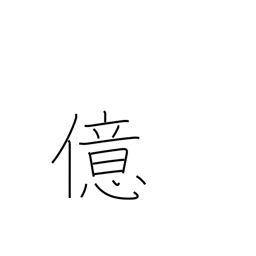
Meaning: 10**8